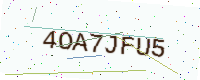
Text: 4OA7JFU5